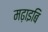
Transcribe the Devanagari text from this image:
मढ़ाइबि